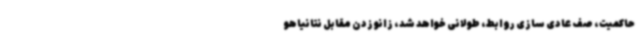
حاکمیت، صف عادی سازی روابط، طولانی خواهد شد، زانو زدن مقابل نتانیاهو